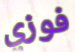
فوزي